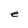
Character: e